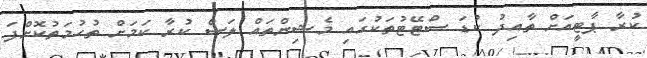
ކުރާ ޕާޓީއަށް ތާއިދު ކުޑަ ސްޓޭޓުތަކުގައި މެޝިންތައް ލަސް ކުރާ ކަމަށް ތުހުމަތުކޮށްފަ